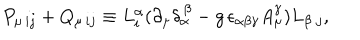
P _ { \mu \, i j } + Q _ { \mu \, i j } \equiv L _ { i } ^ { \alpha } ( \partial _ { \mu } \delta _ { \alpha } ^ { \, \beta } - g \, \epsilon _ { \alpha \beta \gamma } A _ { \mu } ^ { \gamma } ) L _ { \beta \; j } ,